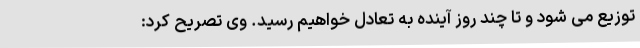
توزیع می شود و تا چند روز آینده به تعادل خواهیم رسید. وی تصریح کرد: